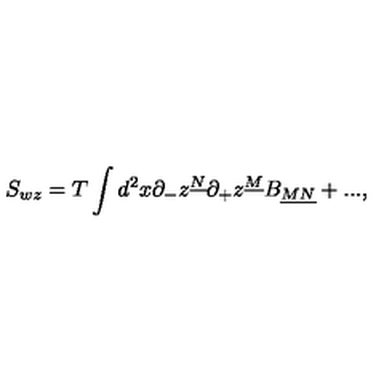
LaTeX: S _ { w z } = T \int d ^ { 2 } x \partial _ { - } z ^ { \underline { { N } } } \partial _ { + } z ^ { \underline { { M } } } B _ { \underline { { M N } } } + . . . ,